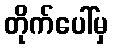
တိုက်ပေါ်မှ